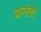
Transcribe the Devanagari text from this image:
अनंतो